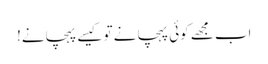
اب مجھے کوئی پہچانے تو کیسے پہچانے!